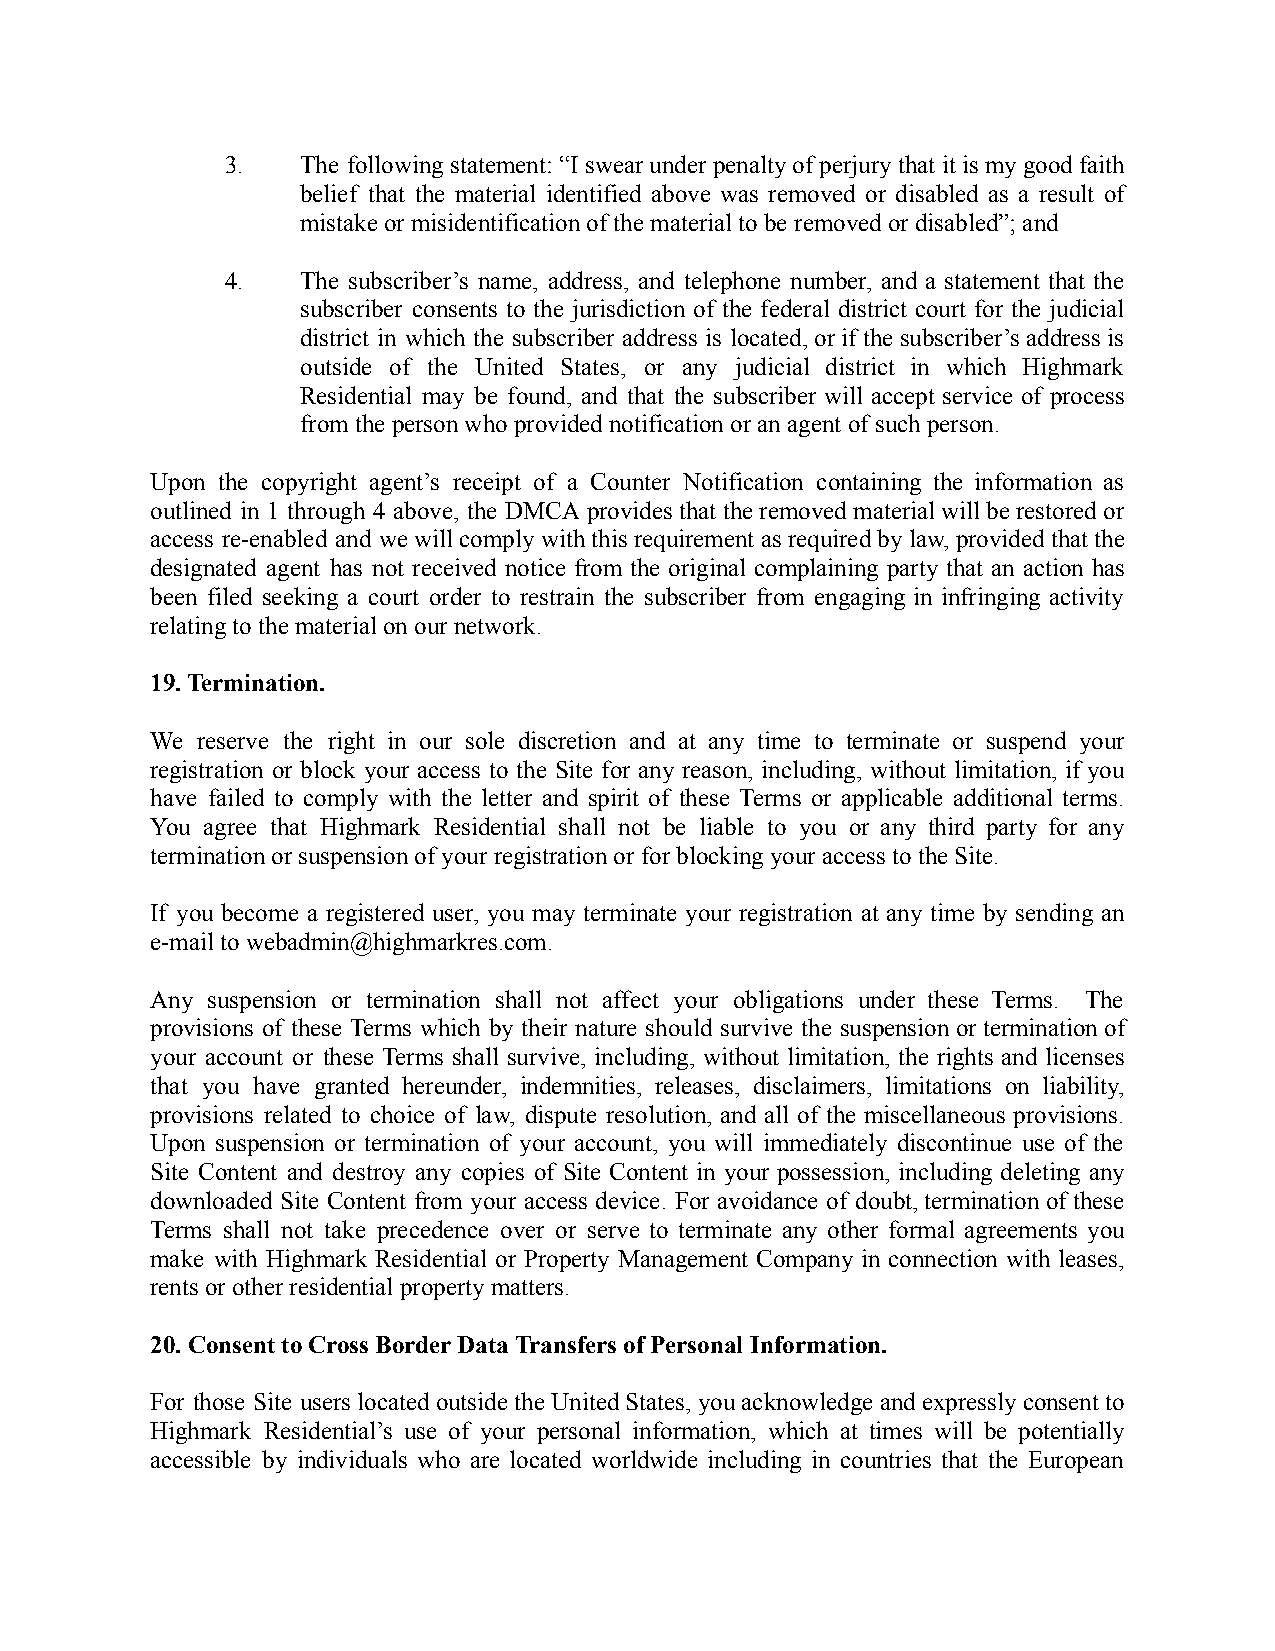
3.   The following statement:“I swearunder penaltyofperjury that itis mygoodfaith
 belief that the material identified above was removed or disabled as a result of
 mistake or misidentification of the material to beremoved or disabled”; and
 4.   The subscriber’s name, address, and telephone number, and a statement that the
 subscriber consents to the jurisdiction of the federal district court for the judicial
 district in which the subscriber address is located, orif thesubscriber’s address is
 outside of the United States, or any judicial district in which Highmark
 Residential may be found, and that the subscriber will accept service of process
 from the person who provided notification or an agentof such person.
 Upon the copyright agent’s receipt of a Counter Notification containing the information as
 outlined in 1 through 4 above, the DMCAprovides thatthe removedmaterialwill berestoredor
 access re-enabled and wewill complywith thisrequirement asrequired bylaw,providedthat the
 designated agent has not received notice from the original complaining party that an action has
 been filed seeking a court order to restrain the subscriber from engaging in infringing activity
 relating to the material on our network.
 19. Termination.
 We reserve the right in our sole discretion and at any time to terminate or suspend your
 registration or block your access to the Site for any reason, including, without limitation, if you
 have failed to comply with the letter and spirit of these Terms or applicable additional terms.
 You agree that Highmark Residential shall not be liable to you or any third party for any
 termination or suspension of your registration orfor blocking your access to the Site.
 If you become a registered user, you may terminate your registration at any time by sending an
 e-mail to webadmin@highmarkres.com.
 Any suspension or termination shall not affect your obligations under these Terms. The
 provisions of these Terms which by their nature should survive the suspension orterminationof
 your account or these Terms shall survive, including, without limitation, the rights and licenses
 that you have granted hereunder, indemnities, releases, disclaimers, limitations on liability,
 provisions related to choice of law, dispute resolution, and all of the miscellaneous provisions.
 Upon suspension or termination of your account, you will immediately discontinue use of the
 Site Content and destroy any copies of Site Content in your possession, including deleting any
 downloaded Site Content from your access device. For avoidance of doubt,terminationof these
 Terms shall not take precedence over or serve to terminate any other formal agreements you
 make with Highmark Residential or Property Management Company in connection with leases,
 rents or other residential property matters.
 20. Consent to Cross Border Data Transfers of Personal Information.
 For those Site users locatedoutsidethe UnitedStates,youacknowledgeandexpressly consentto
 Highmark Residential’s use of your personal information, which at times will be potentially
 accessible by individuals who are located worldwide including in countries that the European